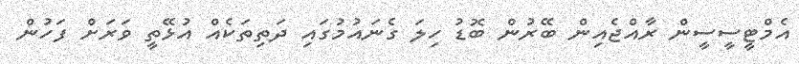
އެމްޓީސީސީން ރާއްޖެއިން ބޭރުން ބޮޑު ހިލަ ގެނައުމުގައި ދަތިތަކެއް އުޅޭތީ ވަރަށް ފަހުން